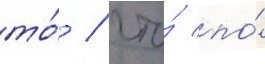
то́ / что́ по́